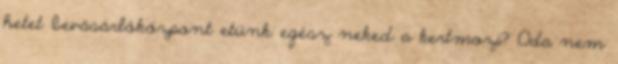
hetet bevásárlóközpont etünk egész neked a kertmozi? Oda nem